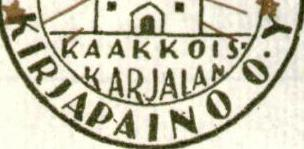
KIRJAPAINO O.Y